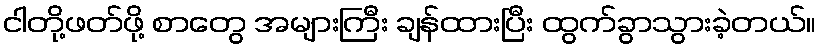
ငါတို့ဖတ်ဖို့ စာတွေ အများကြီး ချန်ထားပြီး ထွက်ခွာသွားခဲ့တယ်။